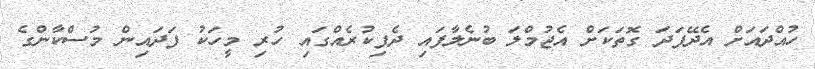
ހުއްދައަށް އެދޭފަދަ ގޮތަކަށް އެޖުމްލަ ބުނެލާފައި ދެފިކުރެއްގައި ހުރި މީހަކު ފަދައިން މުސްކާންގެ